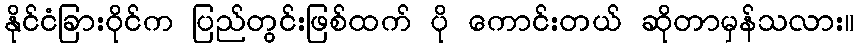
နိုင်ငံခြားဝိုင်က ပြည်တွင်းဖြစ်ထက် ပို ကောင်းတယ် ဆိုတာမှန်သလား။